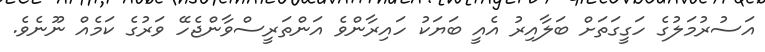
އަސުރުމަލުގެ ހަގީގަތަށް ބަލާއިރު އެއީ ބަޔަކު ހައިރާންވެ އަންތަރީސްވާންޖެހޭ ވަރުގެ ކަމެއް ނޫނެވެ.